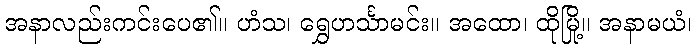
အနာလည်းကင်းပေ၏။ ဟံသ၊ ရွှေဟင်္သာမင်း။ အထော၊ ထိုမြို့။ အနာမယံ၊